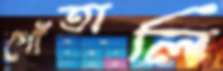
গোঁতালি